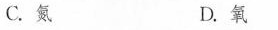
C.氮 D.氧